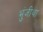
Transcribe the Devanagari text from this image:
भुंजीथा